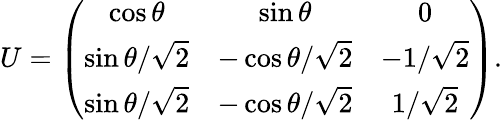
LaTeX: U=\left(\begin{array}{ccc}{{\cos\theta}}&{{\sin\theta}}&{{0}}\\ {{\sin\theta/\sqrt{2}}}&{{-\cos\theta/\sqrt{2}}}&{{-1/\sqrt{2}}}\\ {{\sin\theta/\sqrt{2}}}&{{-\cos\theta/\sqrt{2}}}&{{1/\sqrt{2}}}\end{array}\right).